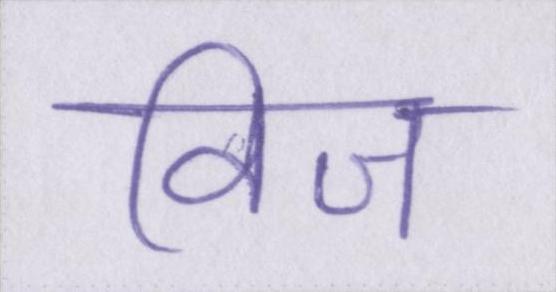
विज